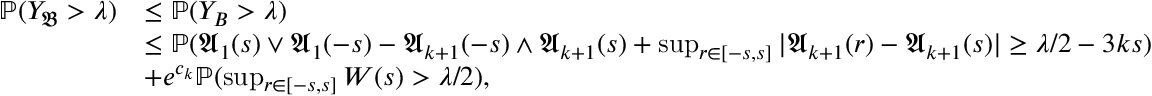
\begin{array} { r l } { \mathbb { P } ( Y _ { \mathfrak { B } } > \lambda ) } & { \le \mathbb { P } ( Y _ { B } > \lambda ) } \\ & { \le \mathbb { P } ( \mathfrak { A } _ { 1 } ( s ) \vee \mathfrak { A } _ { 1 } ( - s ) - \mathfrak { A } _ { k + 1 } ( - s ) \wedge \mathfrak { A } _ { k + 1 } ( s ) + \operatorname* { s u p } _ { r \in [ - s , s ] } | \mathfrak { A } _ { k + 1 } ( r ) - \mathfrak { A } _ { k + 1 } ( s ) | \ge \lambda / 2 - 3 k s ) } \\ & { + e ^ { c _ { k } } \mathbb { P } ( \operatorname* { s u p } _ { r \in [ - s , s ] } W ( s ) > \lambda / 2 ) , } \end{array}